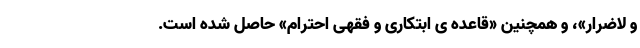
و لاضرار»، و همچنین «قاعده ی ابتکاری و فقهی احترام» حاصل شده است.